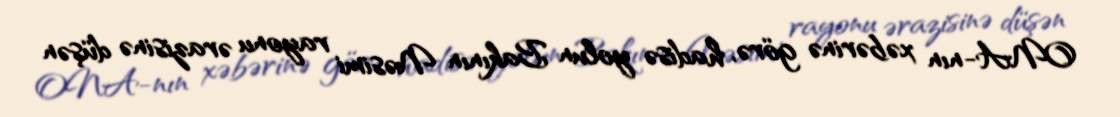
ONA-nın xəbərinə görə, hadisə yolun Bakının Nəsimi rayonu ərazisinə düşən